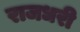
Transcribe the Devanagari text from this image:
राजधरी